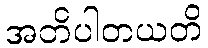
အတိပါတယတိ